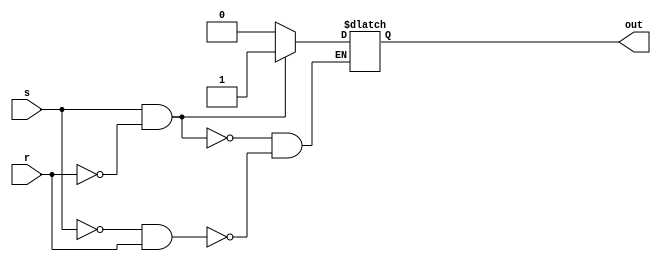
module latch (
    input s, r,
    output reg out
);

  always @(*) begin
    if (s & !r) begin
        out <= 1;
    end else if (!s & r) begin
        out <= 0;
    end
  end
endmodule